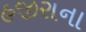
હજીરાના